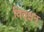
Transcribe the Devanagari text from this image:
विवृश्चन्